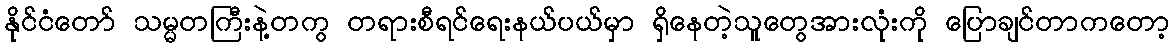
နိုင်ငံတော် သမ္မတကြီးနဲ့တကွ တရားစီရင်ရေးနယ်ပယ်မှာ ရှိနေတဲ့သူတွေအားလုံးကို ပြောချင်တာကတော့